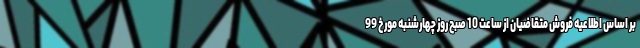
بر اساس اطلاعیه فروش متقاضیان از ساعت 10 صبح روز چهارشنبه مورخ 99